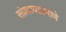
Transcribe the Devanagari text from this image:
संप्रदायाप्रमाणे